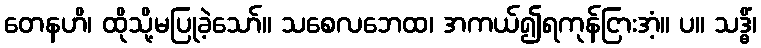
တေနဟိ၊ ထိုသို့မပြုခဲ့သော်။ သစေလဘေထ၊ အကယ်၍ရကုန်ငြားအံ့။ ပ။ သဒ္ဓိံ၊